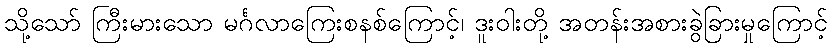
သို့သော် ကြီးမားသော မင်္ဂလာကြေးစနစ်ကြောင့်၊ ဒူးဝါးတို့ အတန်းအစားခွဲခြားမှုကြောင့်